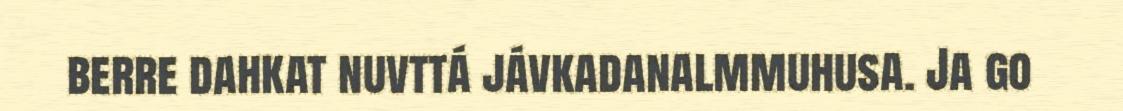
berre dahkat nuvttá jávkadanalmmuhusa. Ja go